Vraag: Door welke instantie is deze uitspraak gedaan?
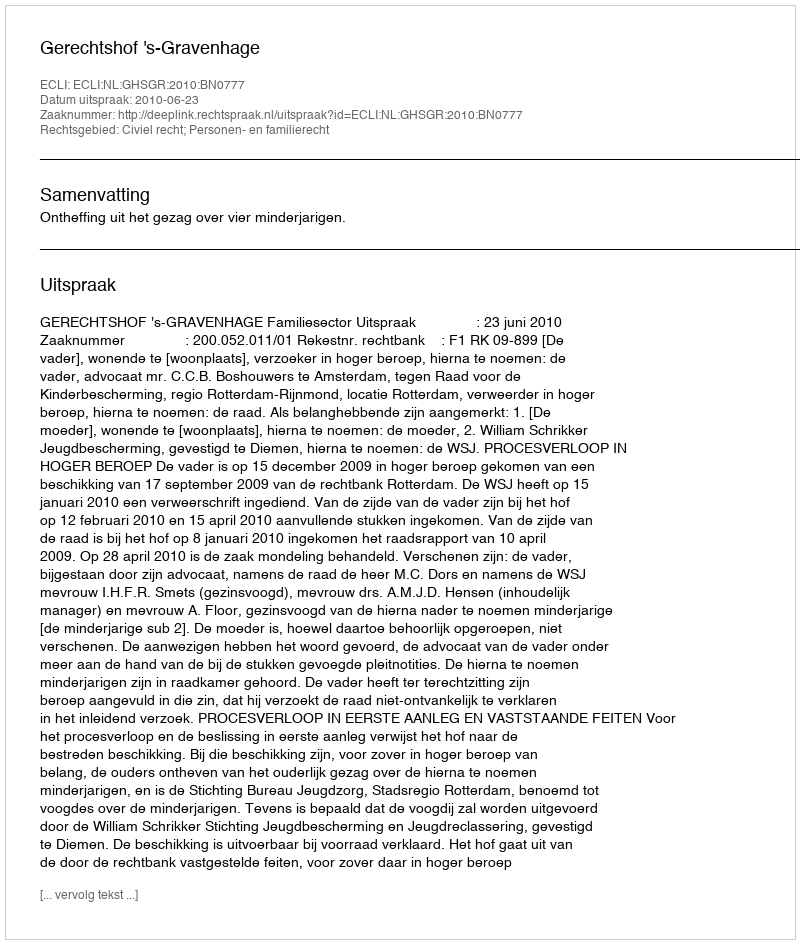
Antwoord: Gerechtshof 's-Gravenhage